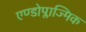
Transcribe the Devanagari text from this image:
एण्डोप्लाज्मिक